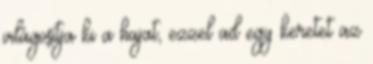
világosítja ki a hajat, ezzel ad egy keretet az